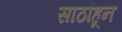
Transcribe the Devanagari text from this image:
साठांहून